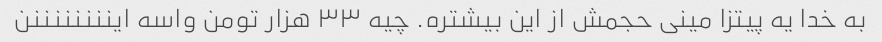
به خدا یه پیتزا مینی حجمش از این بیشتره. چیه ۳۳ هزار تومن واسه ایننننننننن